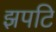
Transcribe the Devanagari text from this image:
झपटि